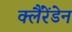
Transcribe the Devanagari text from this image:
क्लैंरेंडेन